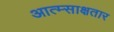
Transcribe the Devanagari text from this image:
आत्म्साक्षतार